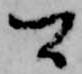
間